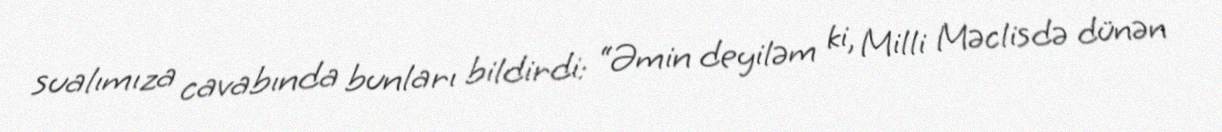
sualımıza cavabında bunları bildirdi: “Əmin deyiləm ki, Milli Məclisdə dünən